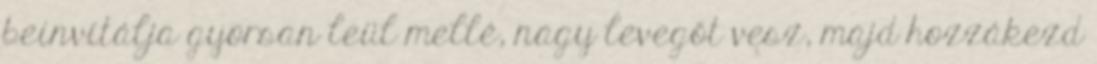
beinvitálja gyorsan leül mellé, nagy levegőt vesz, majd hozzákezd